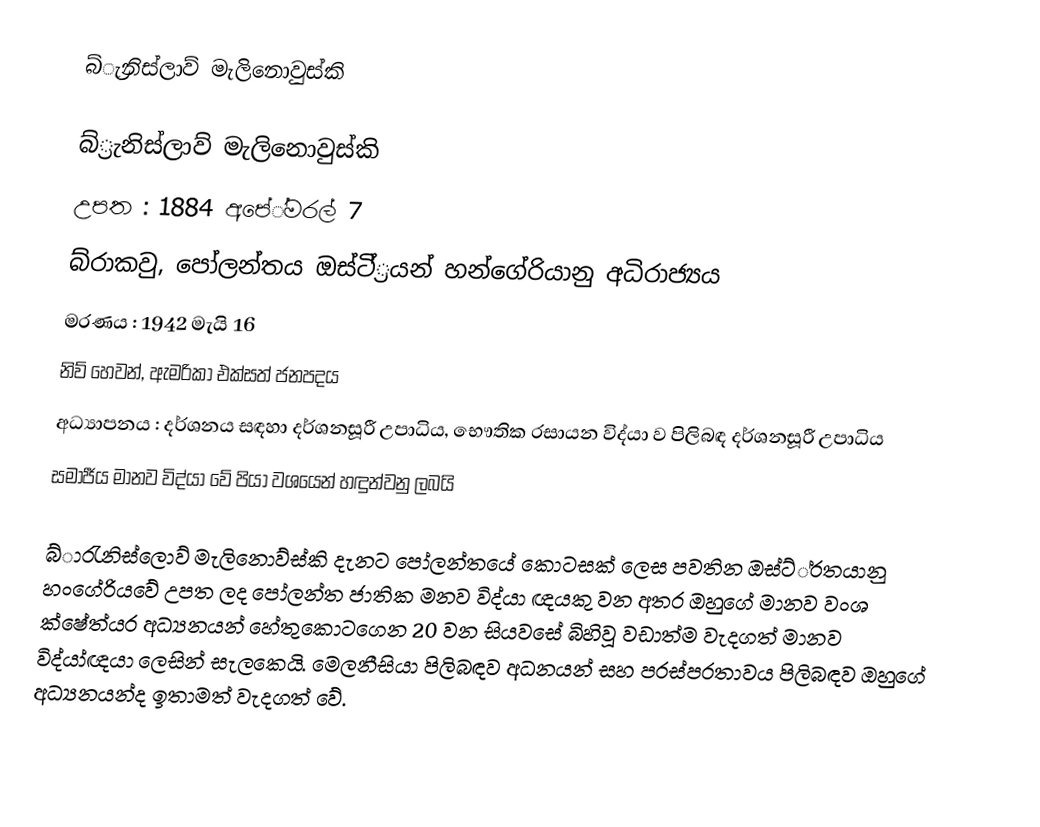
බ්්‍රැනිස්ලාව් මැලිනොවුස්කි

බ්්‍රැනිස්ලාව් මැලිනොවුස්කි
උපත 		: 1884 අපේ්ම‍රල් 7
         		බ්රාකවු, පෝලන්තය ඔස්ටි්්‍රයන් හන්ගේරියානු අධිරාජ්‍යය
මරණය 	: 1942 මැයි 16
          		නිව් හෙවන්, ඇමරිකා එක්සත් ජනපදය
අධ්‍යාපනය 	: දර්ශනය සඳහා දර්ශනසූරී උපාධිය, භෞතික රසායන විද්යා ව පිලිබඳ දර්ශනසූරී උපාධිය
සමාජීය මානව විද්යා වේ පියා වශයෙන් හඳුන්වනු ලබයි

බ්ා‍රැනිස්ලොව් මැලිනොව්ස්කි දැනට පෝලන්තයේ කොටසක් ලෙස පවතින ඔස්ට්්රතයානු හංගේරියවේ උපත ලද පෝලන්ත ජාතික මනව විද්යා ඥයකු වන අතර ඔහුගේ මානව වංශ ක්ෂේත්ය‍ර අධ්‍යනයන් හේතුකොටගෙන 20 වන සියවසේ බිහිවූ වඩාත්ම වැදගත් මානව විද්යා්ඥයා ලෙසින් සැලකෙයි. මෙලනීසියා පිලිබඳව අධනයන් සහ පරස්පරතාවය පිලිබඳව ඔහුගේ අධ්‍යනයන්ද ඉතාමත් වැදගත් වේ.